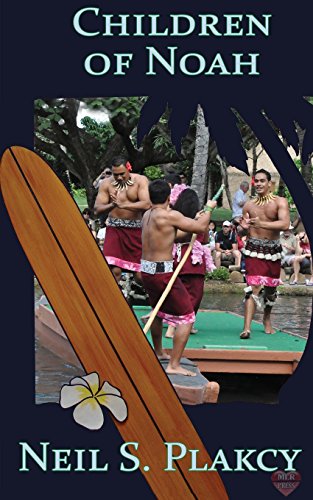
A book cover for Children of Noah; Neil Plakcy; Romance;